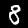
Label: 8